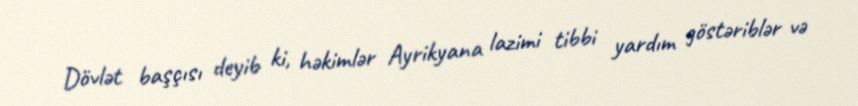
Dövlət başçısı deyib ki, həkimlər Ayrikyana lazimi tibbi yardım göstəriblər və